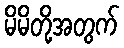
မိမိတို့အတွက်